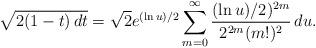
LaTeX: \begin{align*} \sqrt{2(1-t) \, dt} = \sqrt{2}e^{(\ln u)/2}\sum_{m=0}^\infty \frac{(\ln u)/2)^{2m}}{2^{2m} (m!)^2} \, du.\end{align*}